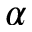
\alpha